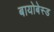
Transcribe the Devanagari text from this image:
बायोबेस्ड